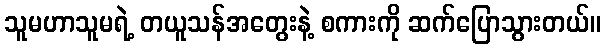
သူမဟာသူမရဲ့ တယူသန်အတွေးနဲ့ စကားကို ဆက်ပြောသွားတယ်။